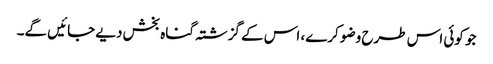
جو کوئی اس طرح وضو کرے، اس کے گزشتہ گناہ بخش دیے جائیں گے۔